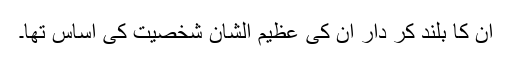
ان کا بلند کر دار ان کی عظیم الشان شخصیت کی اساس تھا۔